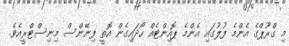
މި ގްރޫޕްގެ އެންމެ ފުލުގައި އެންމެ ޕޮއިންޓެއް ހޯދައިގެން އޮތީ ފިނޭންސް މިނިސްޓްރީއެވެ.